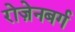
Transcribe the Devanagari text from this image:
रोज़ेनबर्ग